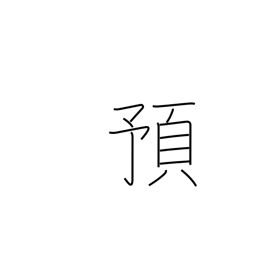
Meaning: entrust to